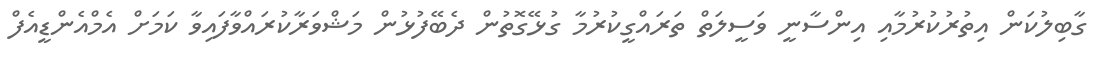
ގާބިލުކަން އިތުރުކުރުމާއި އިންސާނީ ވަސީލަތް ތަރައްގީކުރުމާ ގުޅޭގޮތުން ދެބޭފުޅުން މަޝްވަރާކުރައްވާފައިވާ ކަމަށް އެމްއެންޑީއެފް